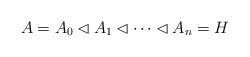
LaTeX: \begin{align*}A = A_0 \lhd A_1 \lhd \dots \lhd A_n = H\end{align*}